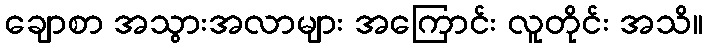
ချောစာ အသွားအလာများ အကြောင်း လူတိုင်း အသိ။